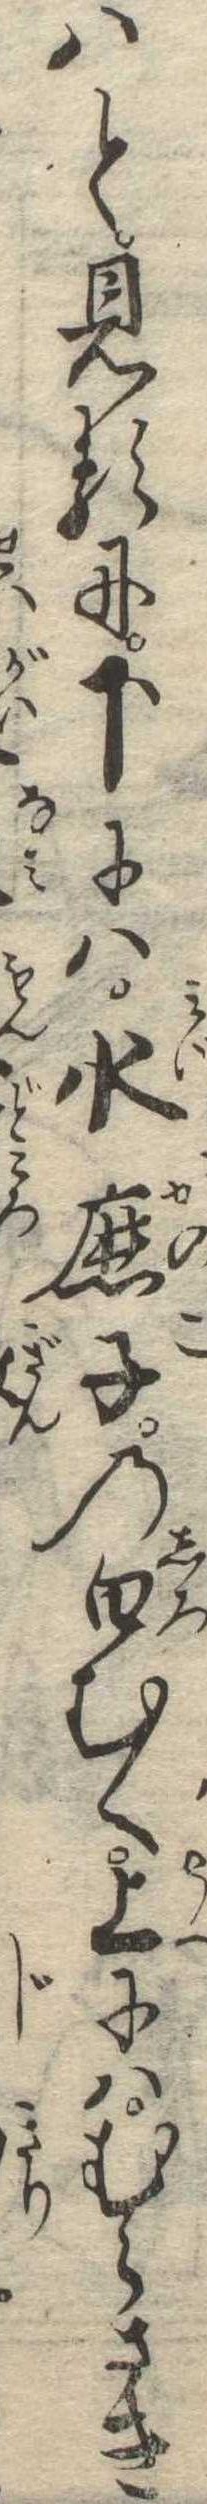
はと見るに下には水鹿子の白むく上にはむらさき